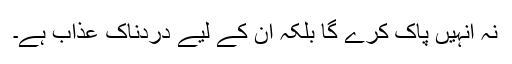
نہ انہیں پاک کرے گا بلکہ ان کے لیے دردناک عذاب ہے۔